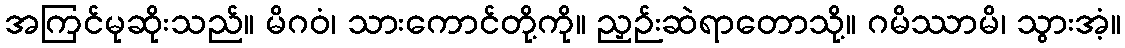
အကြင်မုဆိုးသည်။ မိဂဝံ၊ သားကောင်တို့ကို။ ညှဉ်းဆဲရာတောသို့။ ဂမိဿာမိ၊ သွားအံ့။